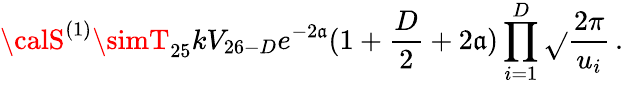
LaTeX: {\calS}^{(1)}\simT_{25}kV_{26-D}e^{-2\mathfrak{a}}(1+\frac{{D}}{{2}}+2\mathfrak{a})\prod_{i=1}^{D}\sqrt{}{{\frac{{2\pi}}{{u_{i}}}}}\, .